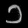
Digit: ၁